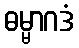
ဓမ္မာဂဒံ